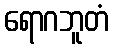
ရောဂဘူတံ